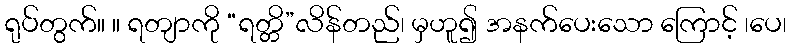
ရုပ်တွက်။ ။ ရတျာကို “ရတ္တိ”လိန်တည်၊ မှဟူ၍ အနက်ပေးသော ကြောင့် ၊ပေ၊